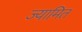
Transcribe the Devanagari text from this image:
ज्यामित